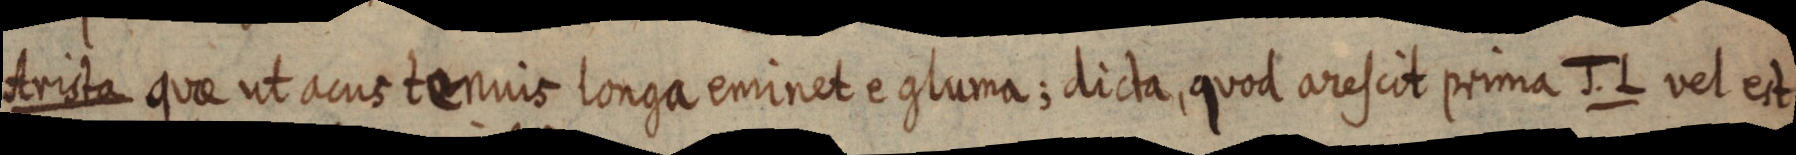
Arista quae ut acus tenuis longa eminet e gluma; dicta, quod arescit prima J. L vel est